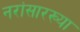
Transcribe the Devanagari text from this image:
नरांसारख्या